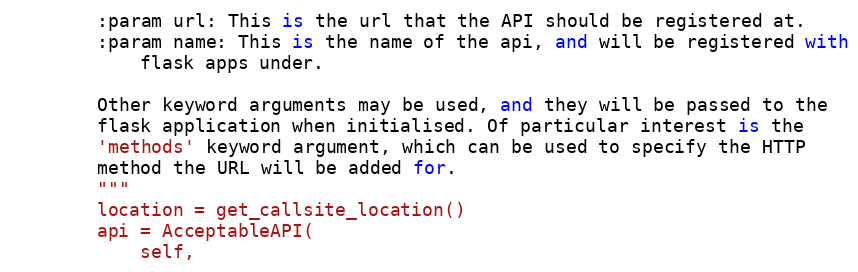
Language: Python
        :param url: This is the url that the API should be registered at.
        :param name: This is the name of the api, and will be registered with
            flask apps under.

        Other keyword arguments may be used, and they will be passed to the
        flask application when initialised. Of particular interest is the
        'methods' keyword argument, which can be used to specify the HTTP
        method the URL will be added for.
        """
        location = get_callsite_location()
        api = AcceptableAPI(
            self,